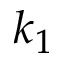
k _ { 1 }